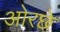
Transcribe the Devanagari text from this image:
ओरछे